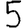
Digit: 5